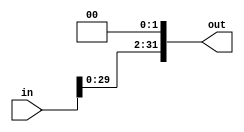
`timescale 1ns / 1ps
//////////////////////////////////////////////////////////////////////////////////
// Company: 
// Engineer: 
// 
// Design Name: 
// Module Name: ShiftLeft
// Project Name: 
// Target Devices: 
// Tool Versions: 
// Description: 
// 
// Dependencies: 
// 
// Revision:
// Revision 0.01 - File Created
// Additional Comments:
// 
//////////////////////////////////////////////////////////////////////////////////


module ShiftLeft(in, out);

    input [31:0] in;
    output reg [31:0] out;
    
    always @(in)    begin
        out <= in << 2;
    end    
    
endmodule